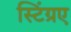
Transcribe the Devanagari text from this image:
स्टिंग्रए